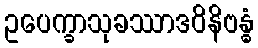
ဥပေက္ခာသုခဿာဒဝိနိဗန္ဓံ